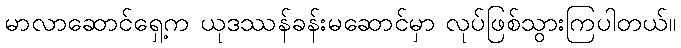
မာလာဆောင်ရှေ့က ယုဒဿန်ခန်းမဆောင်မှာ လုပ်ဖြစ်သွားကြပါတယ်။